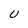
Character: U